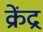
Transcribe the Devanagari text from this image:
क्रेंद्र